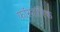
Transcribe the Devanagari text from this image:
फॉस्फॉरिक